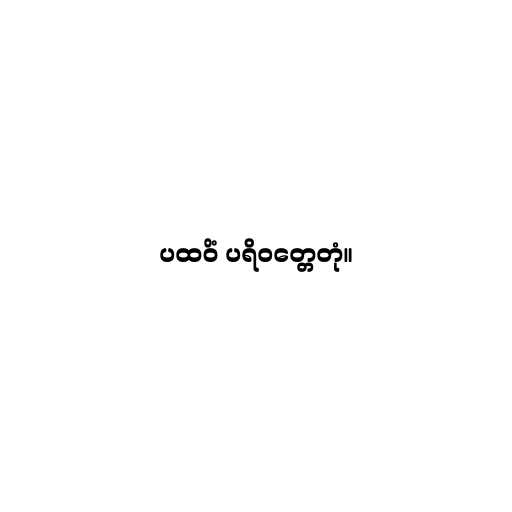
ပထဝိံ ပရိဝတ္တေတုံ။